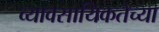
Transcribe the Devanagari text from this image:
व्यावसायिकतेच्या